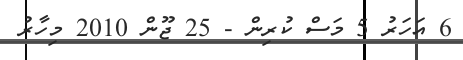
6 އަހަރު 5 މަސް ކުރިން - 25 ޖޫން 2010 މިހާރު